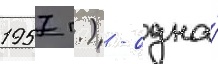
1957 г.) - одна́